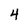
Character: 4